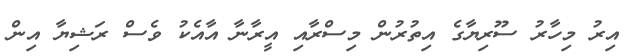
އިރު މިހާރު ސޫރިޔާގެ އިތުރުން މިސްރާއި އީރާނާ އާއެކު ވެސް ރަޝިޔާ އިން